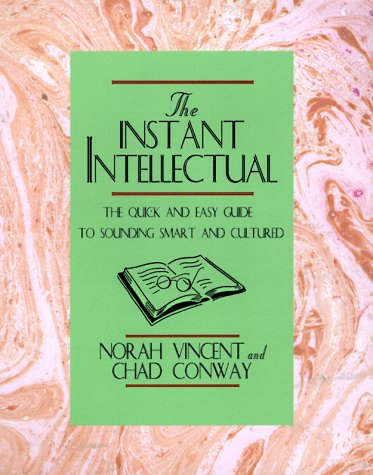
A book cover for Instant Intellectual: The Quick & Easy Guide to Sounding Smart and Cultured; Norah Vincent; Reference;